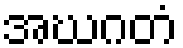
အဃဂတံ